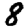
Digit: 8